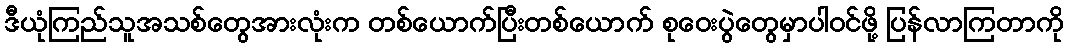
ဒီယုံကြည်သူအသစ်တွေအားလုံးက တစ်ယောက်ပြီးတစ်ယောက် စုဝေးပွဲတွေမှာပါဝင်ဖို့ ပြန်လာကြတာကို